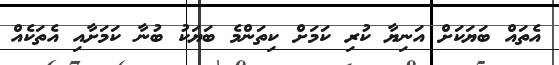
އެތައް ބަޔަކަށް އަނިޔާ ކުރި ކަމަށް ކިތަންމެ ބަޔަކު ބުނާ ކަމަށާއި އެތަކެއް